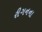
રીગનના